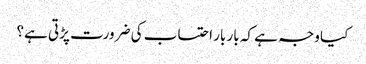
کیا وجہ ہے کہ بار بار احتساب کی ضرورت پڑتی ہے؟